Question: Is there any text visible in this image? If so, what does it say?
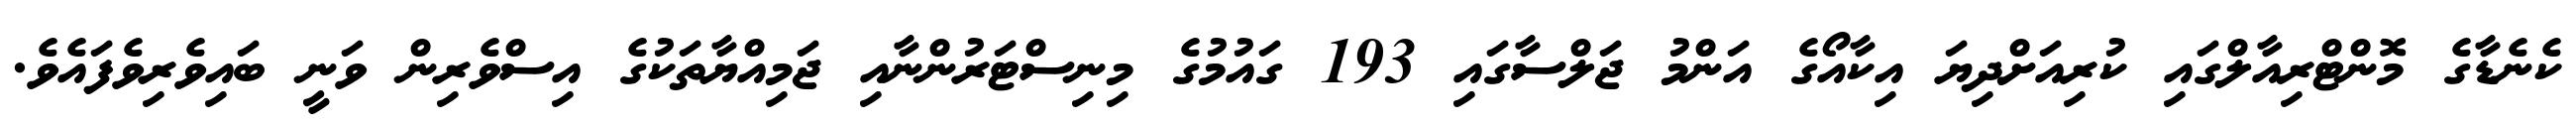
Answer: ކެނެޑާގެ މޮންޓްރިއާލްގައި ކުރިއަށްދިޔަ އިކާއޯގެ އަންމު ޖަލްސާގައި 193 ގައުމުގެ މިނިސްޓަރުންނާއި ޖަމިއްޔާތަކުގެ އިސްވެރިން ވަނީ ބައިވެރިވެފައެވެ.